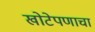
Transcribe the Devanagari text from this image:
खोटेपणाचा